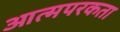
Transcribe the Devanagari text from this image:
आत्मपरकता